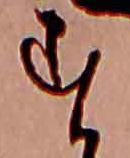
す